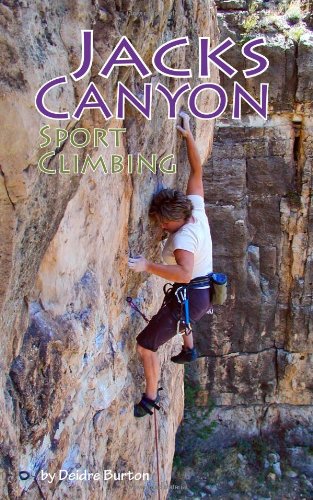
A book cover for Jacks Canyon Sport Climbing; Deidre Burton; Sports & Outdoors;